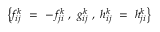
\left\{ f _ { i j } ^ { k } \ = \ - \, f _ { j i } ^ { k } \; , \ g _ { i j } ^ { k } \; , \ h _ { i j } ^ { k } \ = \ h _ { j i } ^ { k } \right\}